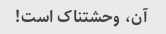
آن، وحشتناک است!